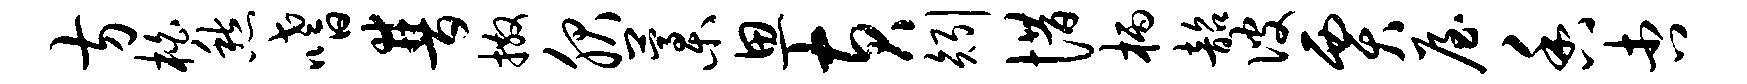
方柏愁嗜普撒服藁思黄矧惜柄韶彼贾屋香杏